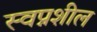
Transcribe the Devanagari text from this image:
स्वप्नशील